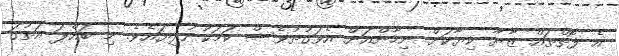
އެ ފޮތްތައް ޒާޔާ ކިޔާކަށް ނިހާންއަށް އެވަގުތުވެސް ކަމަކުނުދިޔައެވެ. މި ބައްޕަ އަތުގަ